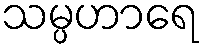
သမ္ပဟာရေ